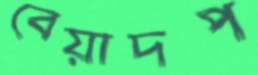
বেয়াদপ